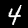
Digit: 4